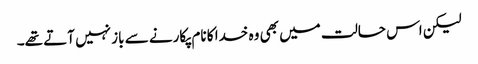
لیکن اس حالت میں بھی وہ خدا کا نام پکارنے سے باز نہیں آتے تھے۔